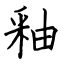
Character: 釉